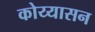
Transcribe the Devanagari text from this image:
कोय्यासन